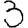
Digit: 3